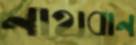
নাথবান